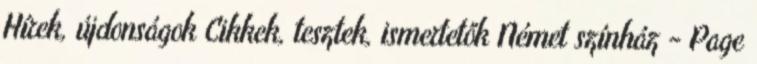
Hírek, újdonságok Cikkek, tesztek, ismertetők Német színház - Page